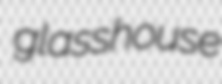
glasshouse